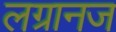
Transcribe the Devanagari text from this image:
लग्रानज